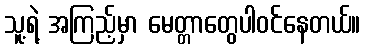
သူ့ရဲ့ အကြည့်မှာ မေတ္တာတွေပါဝင်နေတယ်။